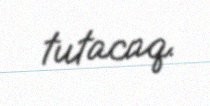
tutacaq.